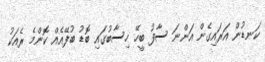
ކަނޑުން އަރައިގެން އަންނަ ސާފު ބީހޭ ހިސާބުގައި ބޮޑު ބުފޭއެއް ކޮންމެ ރެއަކު